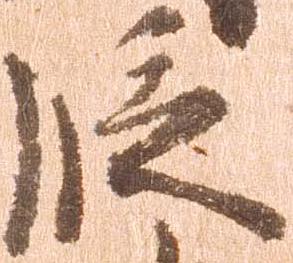
段